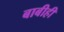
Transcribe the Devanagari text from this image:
बाबीही